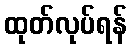
ထုတ်လုပ်ရန်